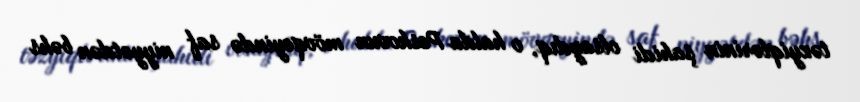
təzyiqlərinin şahidi olsaydıq, o halda Peskovun mövqeyində saf niyyətdən bəhs